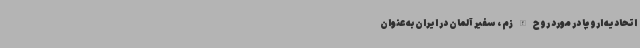
اتحادیه اروپا در مورد روح الله زم ، سفیر آلمان در ایران به عنوان